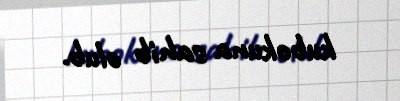
kubokuna sahib olub.